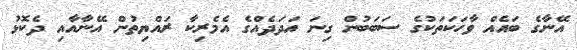
އޭނާގެ ބައެއް ވާހަކަތަކުގެ ސަބަބުން ގިނަ އަދަދެއްގެ އެމެރިކާ ރައްޔިތުން އޭނާއާއި ދެކޮޅު